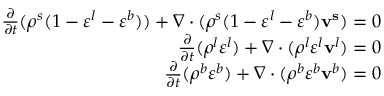
\begin{array} { r } { \frac { \partial } { \partial t } ( \rho ^ { s } ( 1 - \varepsilon ^ { l } - \varepsilon ^ { b } ) ) + \nabla \cdot ( \rho ^ { s } ( 1 - \varepsilon ^ { l } - \varepsilon ^ { b } ) \mathbf { v ^ { s } } ) = 0 } \\ { \frac { \partial } { \partial t } ( \rho ^ { l } \varepsilon ^ { l } ) + \nabla \cdot ( \rho ^ { l } \varepsilon ^ { l } \mathbf { v } ^ { l } ) = 0 } \\ { \frac { \partial } { \partial t } ( \rho ^ { b } \varepsilon ^ { b } ) + \nabla \cdot ( \rho ^ { b } \varepsilon ^ { b } \mathbf { v } ^ { b } ) = 0 } \end{array}